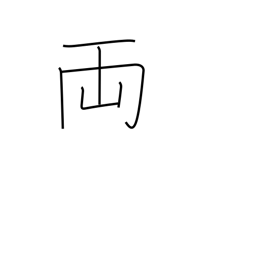
Meaning: old Japanese coin